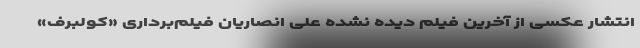
انتشار عکسی از آخرین فیلم دیده نشده علی انصاریان فیلم‌برداری «کولبرف»